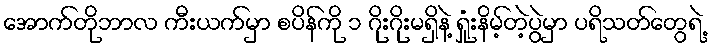
အောက်တိုဘာလ ကီးယက်မှာ စပိန်ကို ၁ ဂိုးဂိုးမရှိနဲ့ ရှုံးနိမ့်တဲ့ပွဲမှာ ပရိသတ်တွေရဲ့